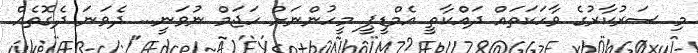
މި ސަރުކާރުގެ ވާހަކަތައް ދައްކާތީ އެމްޑީޕީ މީހުންނަށް ހަޖަމް ނުވަނީ... ދެވަނަ ދެގޮތެއް